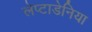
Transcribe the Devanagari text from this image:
लेप्टाडेनिया